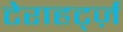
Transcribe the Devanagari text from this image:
टेराहर्ट्ज़